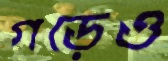
গড়েও